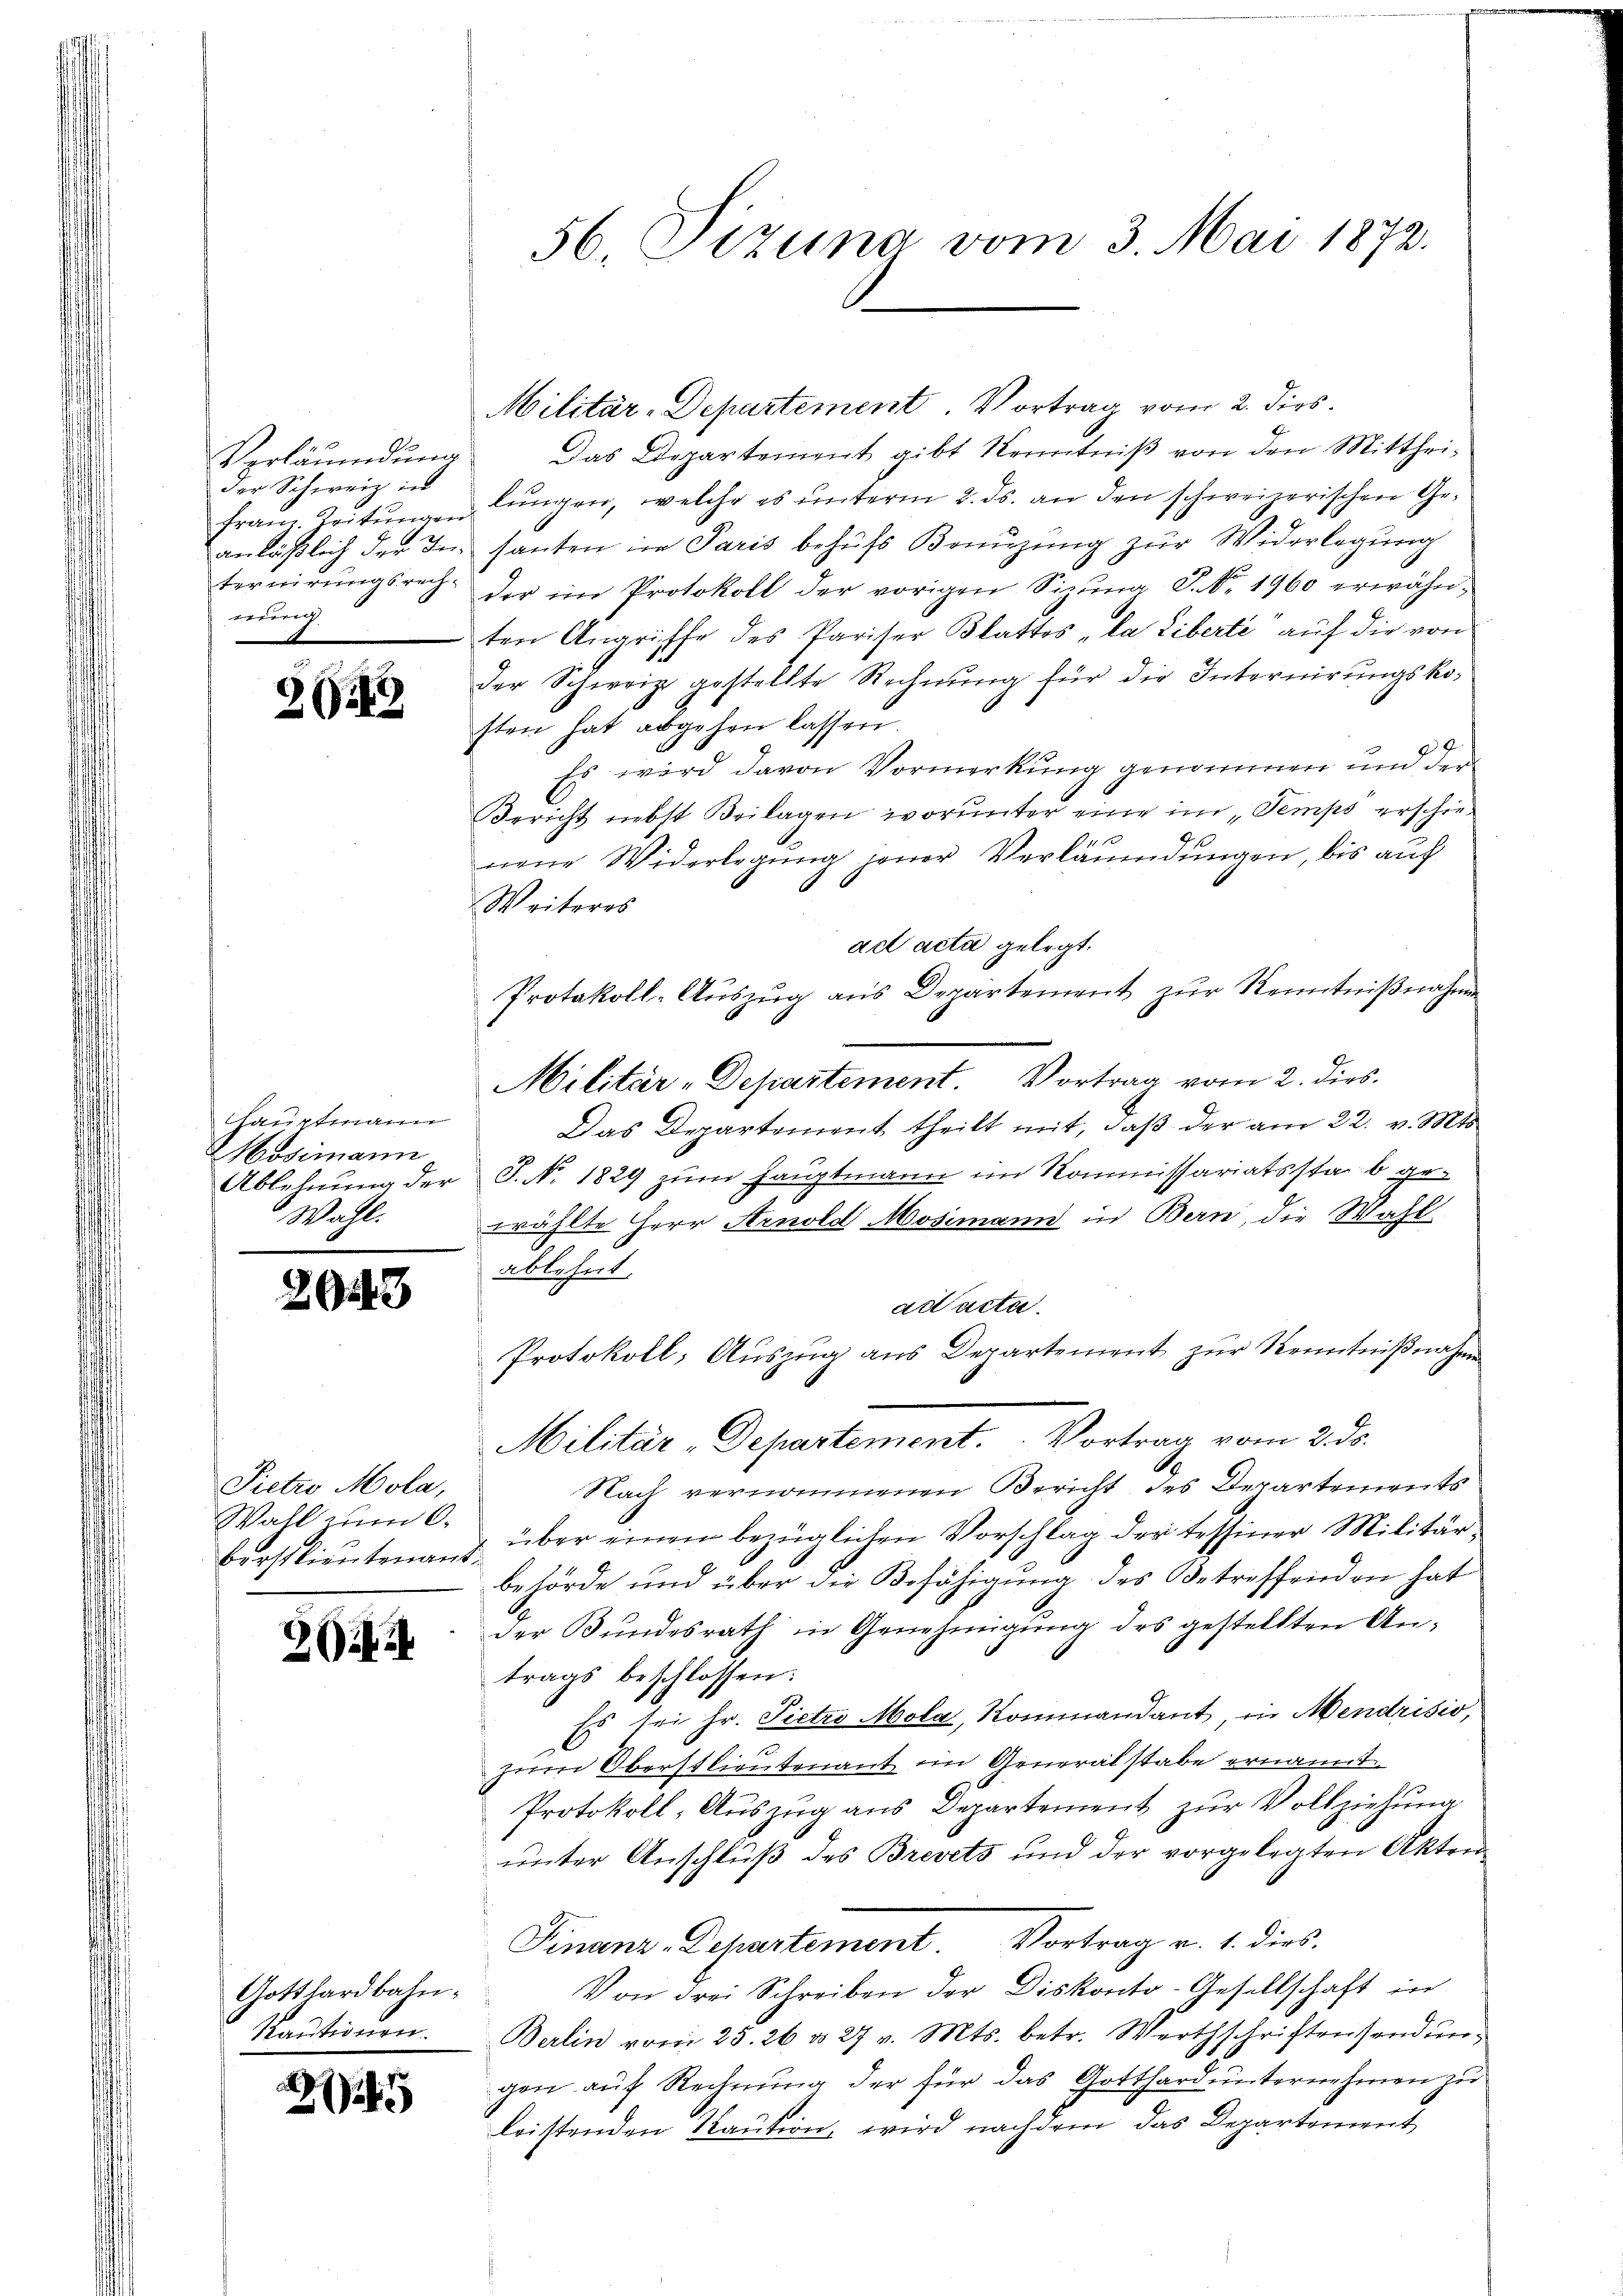
Verläumdung
der Schweiz in
tervirungsrech-
redung.

§13

Hauptmann
Mosimann
Wahl.

29543

Pietro Mola,
berstlieutenant.

Gotthardbahn.
Kautionen.

a
25

Militär-Departement. Vortrag vom 2. Dies
Das Departement gibt Kenntniß von den Mittheifranz. Teitŭngen lungen, welche es unterm 2. ds. an den schweizerischen Ge-
anläßlich der In santen in Paris behŭfs Benuzung zur Widerlegung
der im Protokoll der vorigen Sina P. Nr. 1960 erwähnten Angriffe des Pariser Blattes „la Liberte“ auf die von
der Schweiz gestellte Rechnung für die Internirungskosten hat abgehen lassen.
Es wird davon Vormerkung genommen und der
Bericht nebst Beilagen worunter eine im Temps erschie¬
1
nene Widerlegŭng jener Verläumdungen, bis auf
Weiteres
ad acta gelegt.
Protokoll-Auszug aus Departement zur Kenntnißnahme
Militär-Departement. Vortrag vom 2. dies
Das Departement theilt mit, daß der am 22. v. Mts.
Ablehnung der S. No. 1829 zum Hauptmann im Kommissariatsstab gewählte Herr Arnold Mosimann in Bern, die Wahl
ablehnt.
ad acta
Protokoll, Aŭszŭg ans Departement zŭr Kenntniβnahm
Militär-Departement. Vortrag vom 2. ds.
Nach vernommenen Bericht des Departements
Wahl zum C. über einem bezüglichen Vorschlag der Tessiner Militärbehörde und über die Befähigung des Betreffenden hat
der Bundesrath in Genehmigung des gestellten Antrags beschlossen:
Es sei Hr. Pietro Mola, Kommandant, in Mendrisio,
.
zum Oberstlieutenant im Generalstabe ernannt.
Protokoll-Auszug aus Departement zur Vollziehung
ŭnter Anschlŭβ des Brevets und der vorgelegten Akten-
Finanz-Departement. Vortrag v. 1. dies
Von drei Schreiben der Diskonto-Gesellschaft in
Berlin vom 25. 26. d. 27 v. Mts. betr. Werthschriften sendungen auf Rechnung der für das Gotthard unternehmen zu
leistenden Kaution, wird nachdem das Departement

56. Sizung vom 3. Mai 1872.